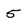
Character: 5